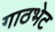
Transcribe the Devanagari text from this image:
गाठभेट